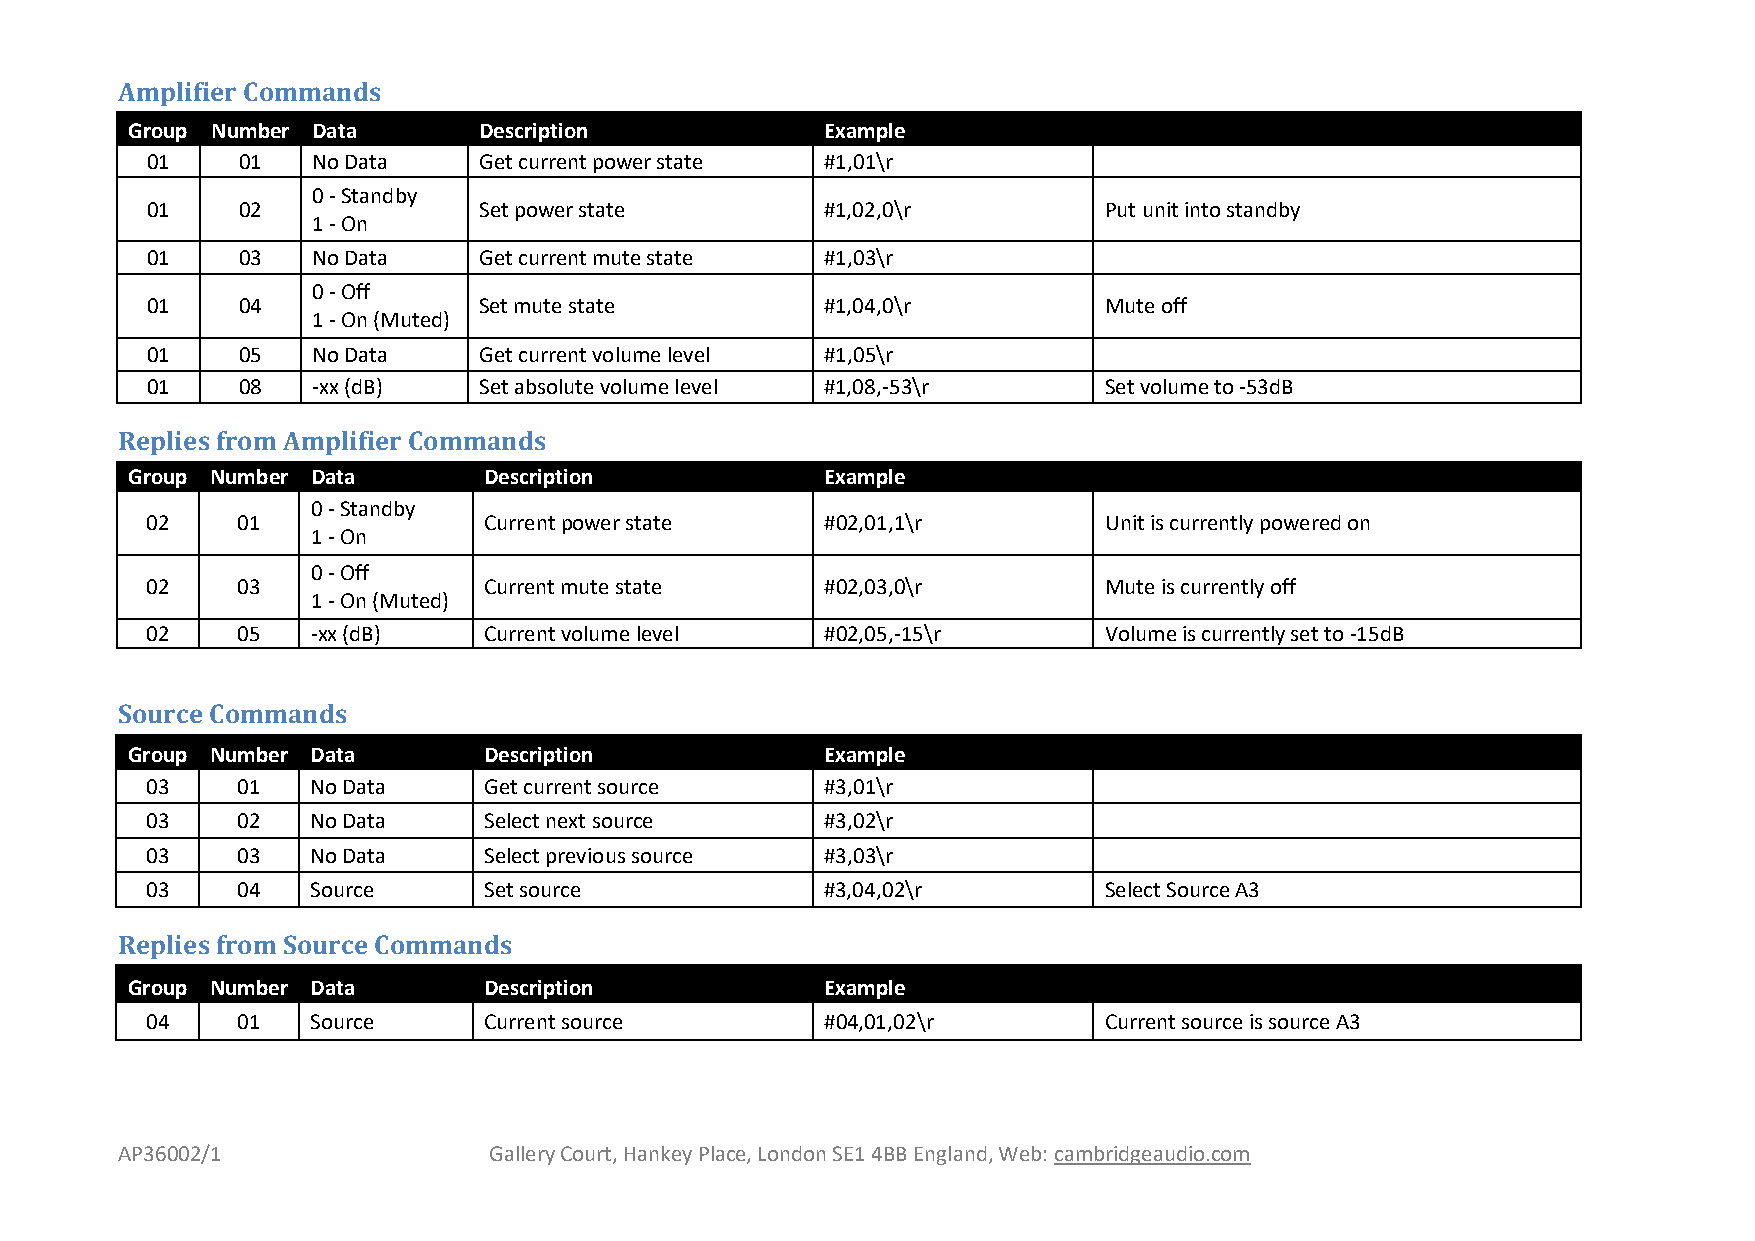
Amplifier Commands
 Group Number Data       Description            Example
 01    01   No Data    Get current power state #1,01\r
 0 - Standby
 01    02              Set power state        #1,02,0\r         Put unit into standby
 1 - On
 01    03   No Data    Get current mute state #1,03\r
 0 - Off
 01    04              Set mute state         #1,04,0\r         Mute off
 1 - On (Muted)
 01    05   No Data    Get current volume level #1,05\r
 01    08   -xx (dB)   Set absolute volume level #1,08,-53\r    Set volume to -53dB
 Replies from Amplifier Commands
 Group Number Data       Description            Example
 0 - Standby
 02    01              Current power state    #02,01,1\r        Unit is currently powered on
 1 - On
 0 - Off
 02    03              Current mute state     #02,03,0\r        Mute is currently off
 1 - On (Muted)
 02    05   -xx (dB)   Current volume level   #02,05,-15\r      Volume is currently set to -15dB
 Source Commands
 Group Number Data       Description            Example
 03    01   No Data    Get current source     #3,01\r
 03    02   No Data    Select next source     #3,02\r
 03    03   No Data    Select previous source #3,03\r
 03    04   Source     Set source             #3,04,02\r        Select Source A3
 Replies from Source Commands
 Group Number Data       Description            Example
 04    01   Source     Current source         #04,01,02\r       Current source is source A 3
 AP36002/1               Gallery Court, Hankey Place, London SE1 4BB England, Web: cambridgeaudio.com